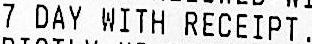
7 DAY WITH RECEIPT.